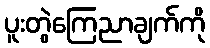
ပူးတွဲကြေညာချက်ကို